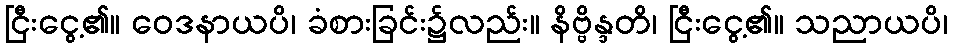
ငြီးငွေ့၏။ ဝေဒနာယပိ၊ ခံစားခြင်း၌လည်း။ နိဗ္ဗိန္ဒတိ၊ ငြီးငွေ့၏။ သညာယပိ၊